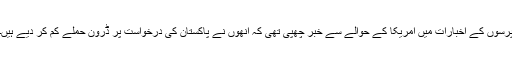
پرسوں کے اخبارات میں امریکا کے حوالے سے خبر چھپی تھی کہ انھوں نے پاکستان کی درخواست پر ڈرون حملے کم کر دیے ہیں۔